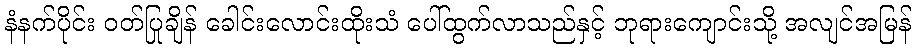
နံနက်ပိုင်း ဝတ်ပြုချိန် ခေါင်းလောင်းထိုးသံ ပေါ်ထွက်လာသည်နှင့် ဘုရားကျောင်းသို့ အလျင်အမြန်